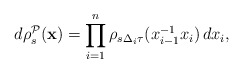
\begin{align*}d\rho _{s}^{\mathcal{P}}(\mathbf{x})=\prod_{i=1}^{n}\rho _{s\Delta _{i}\tau}(x_{i-1}^{-1}x_{i})\,dx_{i}, \end{align*}